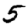
Digit: 5